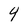
Character: 4